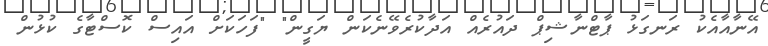
އޭނާއާއެކު ރަނގަޅު ޕާޓްނާޝިޕް ދައުރެއް އަދާކުރެވޭނެކަން ޔަގީން" "ފަހަކަށް އައިސް ކޮސްޓާގެ ކުޅުން